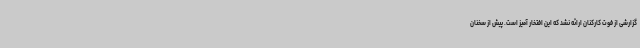
گزارشی از فوت کارکنان ارائه نشد که این افتخار آمیز است. پیش از سخنان